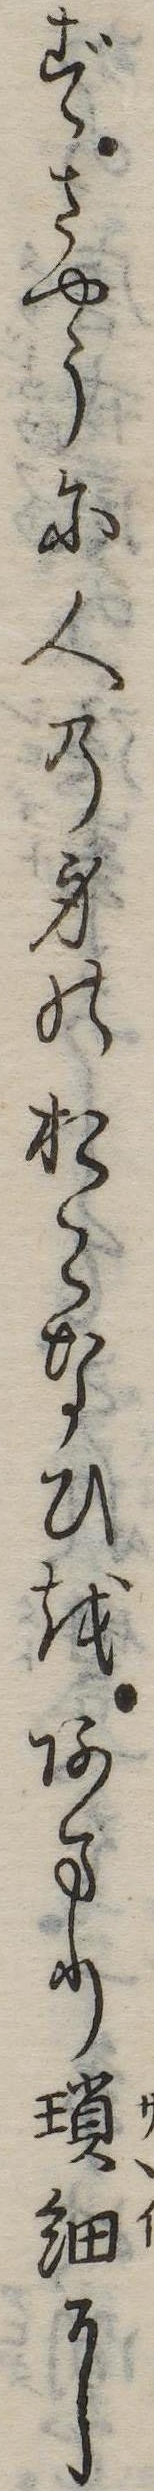
ずさやうに人の身のおこなひをあまり瑣細に